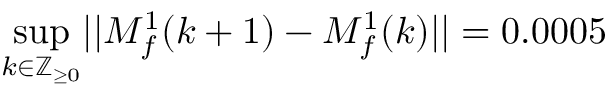
\operatorname* { s u p } _ { k \in \mathbb { Z } _ { \geq 0 } } \lvert | M _ { f } ^ { 1 } ( k + 1 ) - M _ { f } ^ { 1 } ( k ) \rvert | = 0 . 0 0 0 5